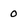
Character: 0